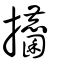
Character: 攟